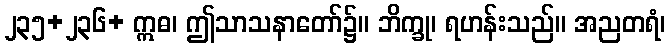
၂၃၅+၂၃၆+ ဣဓ၊ ဤသာသနာတော်၌။ ဘိက္ခု၊ ရဟန်းသည်။ အညတရံ၊